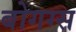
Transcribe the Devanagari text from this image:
बोगग्स